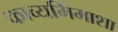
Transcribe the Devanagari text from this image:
काव्यमिंमाशा